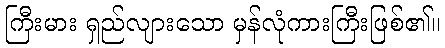
ကြီးမား ရှည်လျားသော မှန်လုံကားကြီးဖြစ်၏။